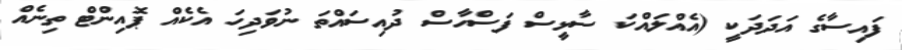
ފައިސާގެ އަދަދަކީ (އެއްލައްކަ ސާޅީސް ފަސްހާސް ދުއިސައްތަ ނުވަދިހަ އެކެއް ޕޮއިންޓް ތިނެއް